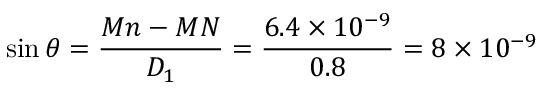
\sin \theta = \frac { M n - M N } { D _ { 1 } } = \frac { 6 . 4 \times 1 0 ^ { - 9 } } { 0 . 8 } = 8 \times 1 0 ^ { - 9 }